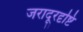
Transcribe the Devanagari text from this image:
जरादूरदृष्टि